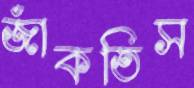
জাঁকতিস